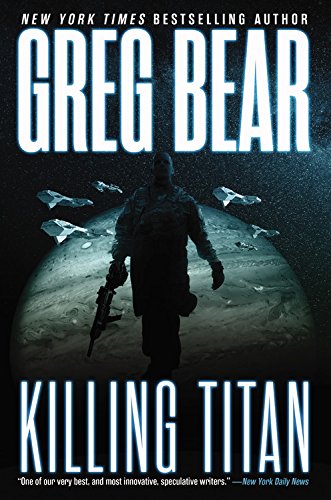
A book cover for Killing Titan (War Dogs); Greg Bear; Science Fiction & Fantasy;